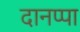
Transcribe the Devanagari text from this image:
दानप्पा